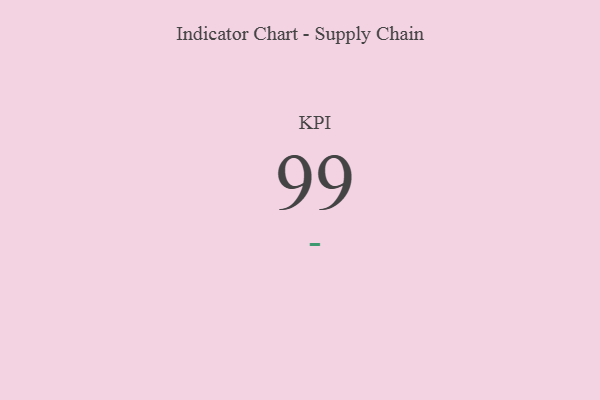
{"axis": {"x": "KPI", "y": "Value"}, "legend": [""], "data": [{"x": "KPI", "y": 99, "type": ""}]}